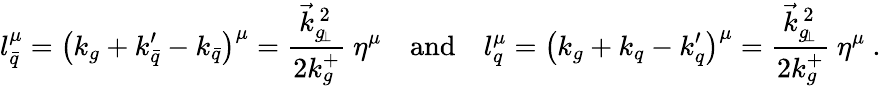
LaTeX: l_{\bar{q}}^{\mu}=\left(k_{g}+k_{\bar{q}}^{\prime}-k_{\bar{q}}\right)^{\mu}={\frac{\vec{k}_{g_{\! \perp}}^{\, 2}}{2k_{g}^{+}}}\ \eta^{\mu}\quad\mathrm{and}\quad l_{q}^{\mu}=\left(k_{g}+k_{q}-k_{q}^{\prime}\right)^{\mu}={\frac{\vec{k}_{g_{\! \perp}}^{\, 2}}{2k_{g}^{+}}}\ \eta^{\mu}\ .